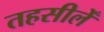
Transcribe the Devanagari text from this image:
तहसीलेँ